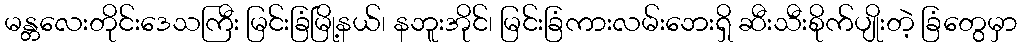
မန္တလေးတိုင်းဒေသကြီး မြင်းခြံမြို့နယ်၊ နဘူးအိုင်၊ မြင်းခြံကားလမ်းဘေးရှိ ဆီးသီးစိုက်ပျိုးတဲ့ ခြံတွေမှာ